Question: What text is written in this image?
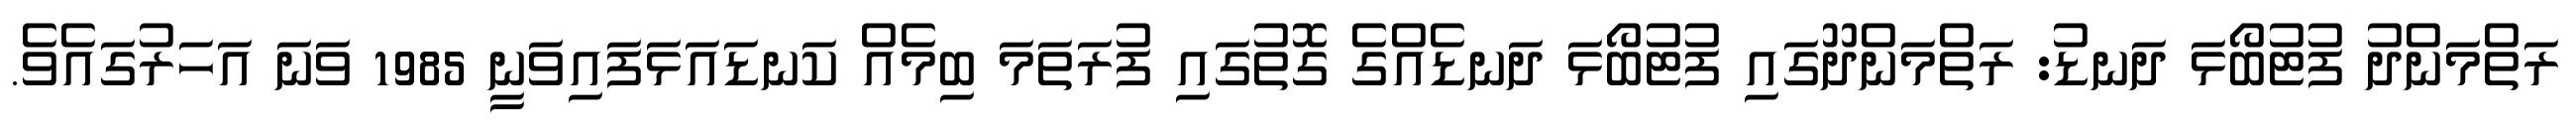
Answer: ރަތްމަންދު ފުޓުބޯޅަ ދަނޑު: ރަތްމަންދޫގައި ފުޓުބޯޅަ ދަނޑެއްގެ ގޮތުގައި ފުރަތަމަ ބިމެއް ކަނޑައަޅަފައިވަނީ 1985 ވަނަ އަހަރުގައެވެ.